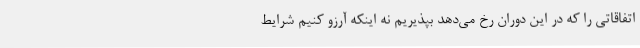
اتفاقاتی را که در این دوران رخ می‌دهد بپذیریم نه اینکه آرزو کنیم شرایط